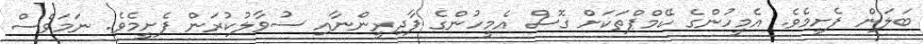
ބަލަން ފެށީމެވެ. އެމީހުންގެ ކޭމްޕްތަކަށް ގޮސް އެމީހުންގެ ފާދިރީންނާއި ސުވާލުކުރަން ފެށީމެވެ. ނަމަވެސް